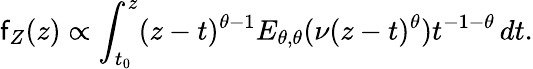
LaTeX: \mathsf{f}_{Z}(z)\propto\int_{t_{0}}^{z}(z-t)^{\theta-1}E_{\theta,\theta}(\nu(z-t)^{\theta})t^{-1-\theta}\, dt.